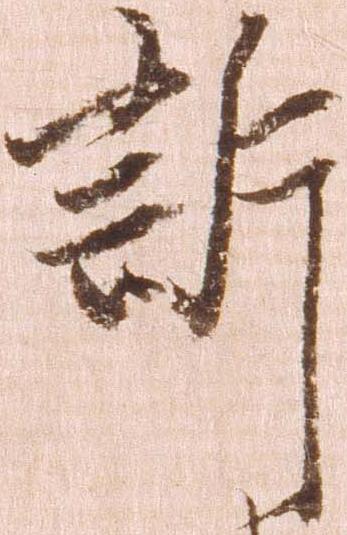
訴